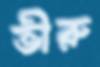
ভীরু